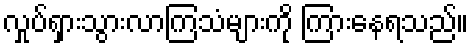
လှုပ်ရှားသွားလာကြသံများကို ကြားနေရသည်။